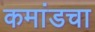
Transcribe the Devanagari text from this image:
कमांडचा